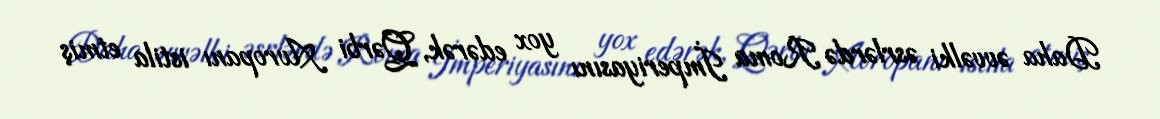
Daha əvvəlki əsrlərdə Roma İmperiyasını yox edərək, Qərbi Avropanı istila etmiş